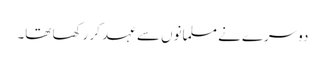
دوسرے نے مسلمانوں سے عہد کر رکھا تھا۔